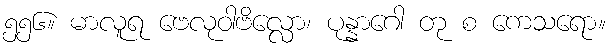
၅၅၆။ မာလူရ ဗေလုဝါဗိလ္လော၊ ပုန္နာဂေါ တု စ ကေသရော။